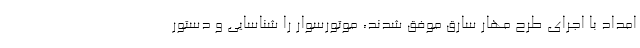
امداد با اجرای طرح مهار سارق موفق شدند، موتورسوار را شناسایی و دستور